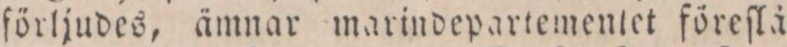
förljudes, ämnar marindepartementet föreſlå